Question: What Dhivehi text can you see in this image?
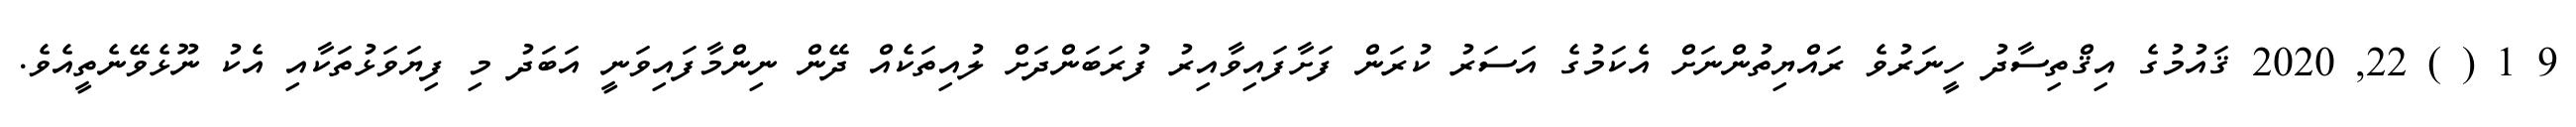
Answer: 9 1 ( ) 22, 2020 ޤައުމުގެ އިޤްތިސާދު ހީނަރުވެ ރައްޔިތުންނަށް އެކަމުގެ އަސަރު ކުރަން ފަށާފައިވާއިރު ފުރަބަންދަށް ލުއިތަކެއް ދޭން ނިންމާފައިވަނީ އަބަދު މި ފިޔަވަޅުތަކާއި އެކު ނޫޅެވޭނެތީއެވެ.